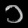
Digit: ၁